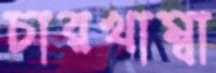
চারখাম্বা